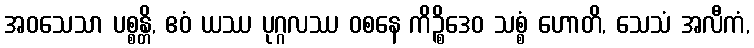
အဝသေသာ ပစ္စန္တိ, ဧဝံ ယဿ ပုဂ္ဂလဿ ဝစနေ ကိဉ္စိဒေဝ သစ္စံ ဟောတိ, သေသံ အလီကံ,